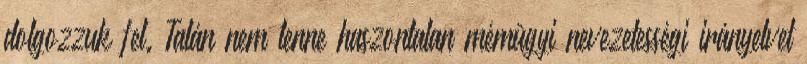
dolgozzuk fel. Talán nem lenne haszontalan mémügyi nevezetességi irányelvet